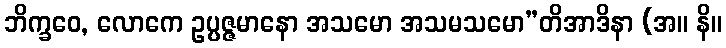
ဘိက္ခဝေ, လောကေ ဥပ္ပဇ္ဇမာနော အသမော အသမသမော”တိအာဒိနာ (အ။ နိ။